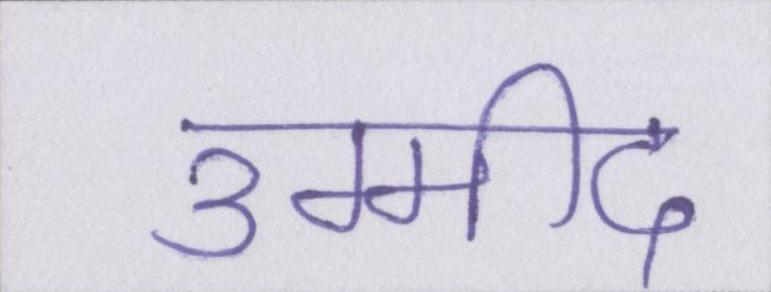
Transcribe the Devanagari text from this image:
उम्मीद